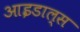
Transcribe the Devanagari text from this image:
आइडाल्स